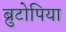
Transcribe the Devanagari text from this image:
ब्रुटोपिया